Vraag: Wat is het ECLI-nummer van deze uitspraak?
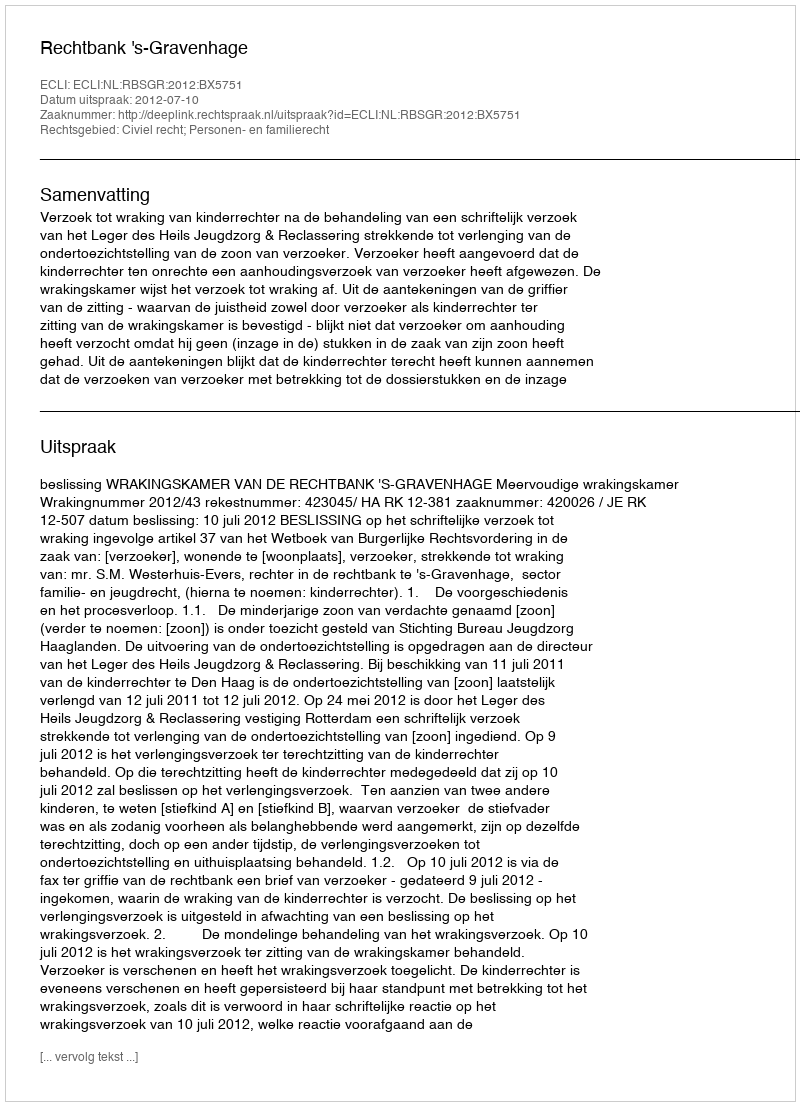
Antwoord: ECLI:NL:RBSGR:2012:BX5751